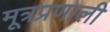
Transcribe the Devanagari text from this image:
मूत्रप्रणाली